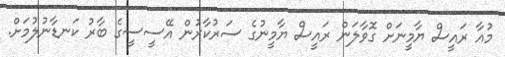
މުއާ ރައީސް ޔާމީނަށް ގޮވާލަން ރައީސް ޔާމީނުގެ ސަރުކާރުން އޭސީސީގެ ބާރު ކަނޑާނުލުމަށް.